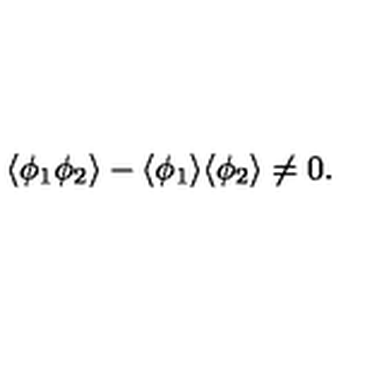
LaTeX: \langle \phi _ { 1 } \phi _ { 2 } \rangle - \langle \phi _ { 1 } \rangle \langle \phi _ { 2 } \rangle \neq 0 .